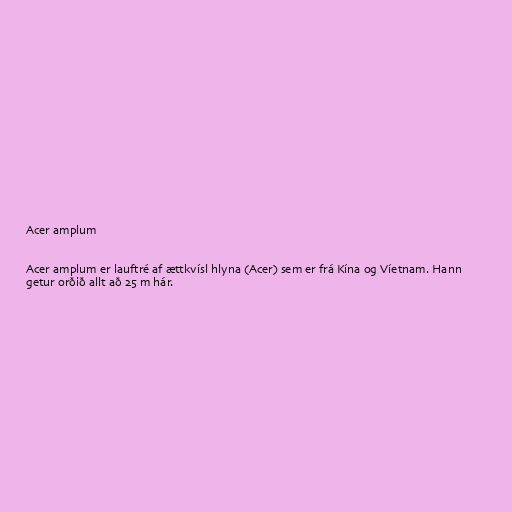
Acer amplum

Acer amplum er lauftré af ættkvísl hlyna (Acer) sem er frá Kína og Víetnam. Hann
getur orðið allt að 25 m hár.